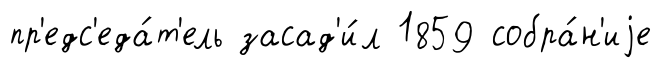
пр'едс'еда́т'ель засад'и́л 1859 собра́н'иjе